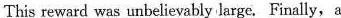
This reward was unbelievably large. Finally, a